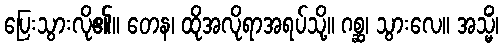
ပြေးသွားလို၏။ တေန၊ ထိုအလိုရာအရပ်သို့။ ဂစ္ဆ၊ သွားလေ။ အသ္မိံ၊